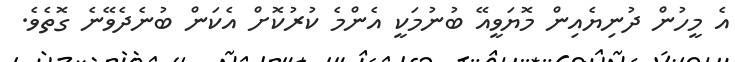
އެ މީހުން ދުނިޔެއިން މޮޔަވީއޭ ބުނުމަކީ އެންމެ ކުރުކޮށް އެކަން ބުނެދެވޭނެ ގޮތެވެ.